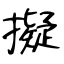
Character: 擬